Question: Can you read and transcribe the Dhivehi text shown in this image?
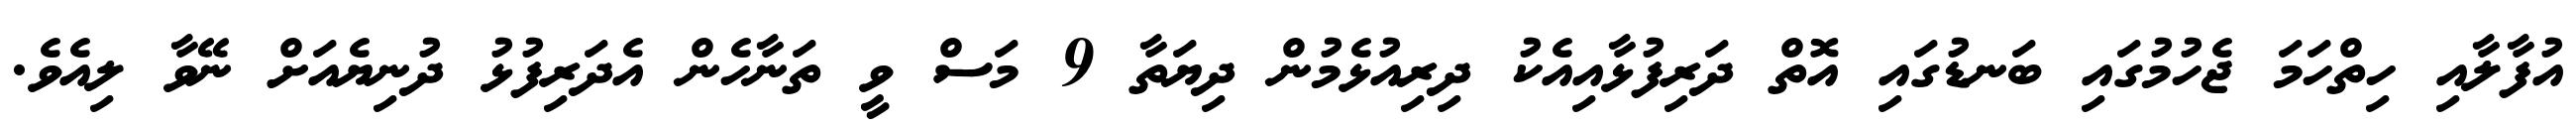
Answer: އުފާލާއި ހިތްހަމަ ޖެހުމުގައި ބަނޑުގައި އޮތް ދަރިފުޅާއިއެކު ދިރިއުޅެމުން ދިޔަތާ 9 މަސް ވީ ތަނާހެން އެދަރިފުޅު ދުނިޔެއަށް ނޭވާ ލިއެވެ.